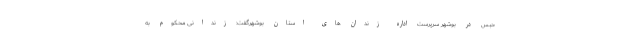
حبس در بوشهر سرپرست اداره زندان های استان بوشهرگفت: زندانی محکوم به